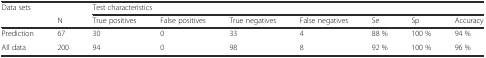
<table><thead><tr><td rowspan="2"><b>Data sets</b></td><td></td><td colspan="7"><b>Test characteristics</b></td></tr><tr><td><b>N</b></td><td><b>True positives</b></td><td><b>False positives</b></td><td><b>True negatives</b></td><td><b>False negatives</b></td><td><b>Se</b></td><td><b>Sp</b></td><td><b>Accuracy</b></td></tr></thead><tbody><tr><td>Prediction</td><td>67</td><td>30</td><td>0</td><td>33</td><td>4</td><td>88 %</td><td>100 %</td><td>94 %</td></tr><tr><td>All data</td><td>200</td><td>94</td><td>0</td><td>98</td><td>8</td><td>92 %</td><td>100 %</td><td>96 %</td></tr></tbody></table>